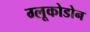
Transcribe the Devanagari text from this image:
ग्लूकोडोन